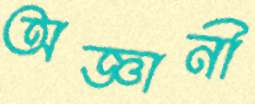
অজ্ঞানী